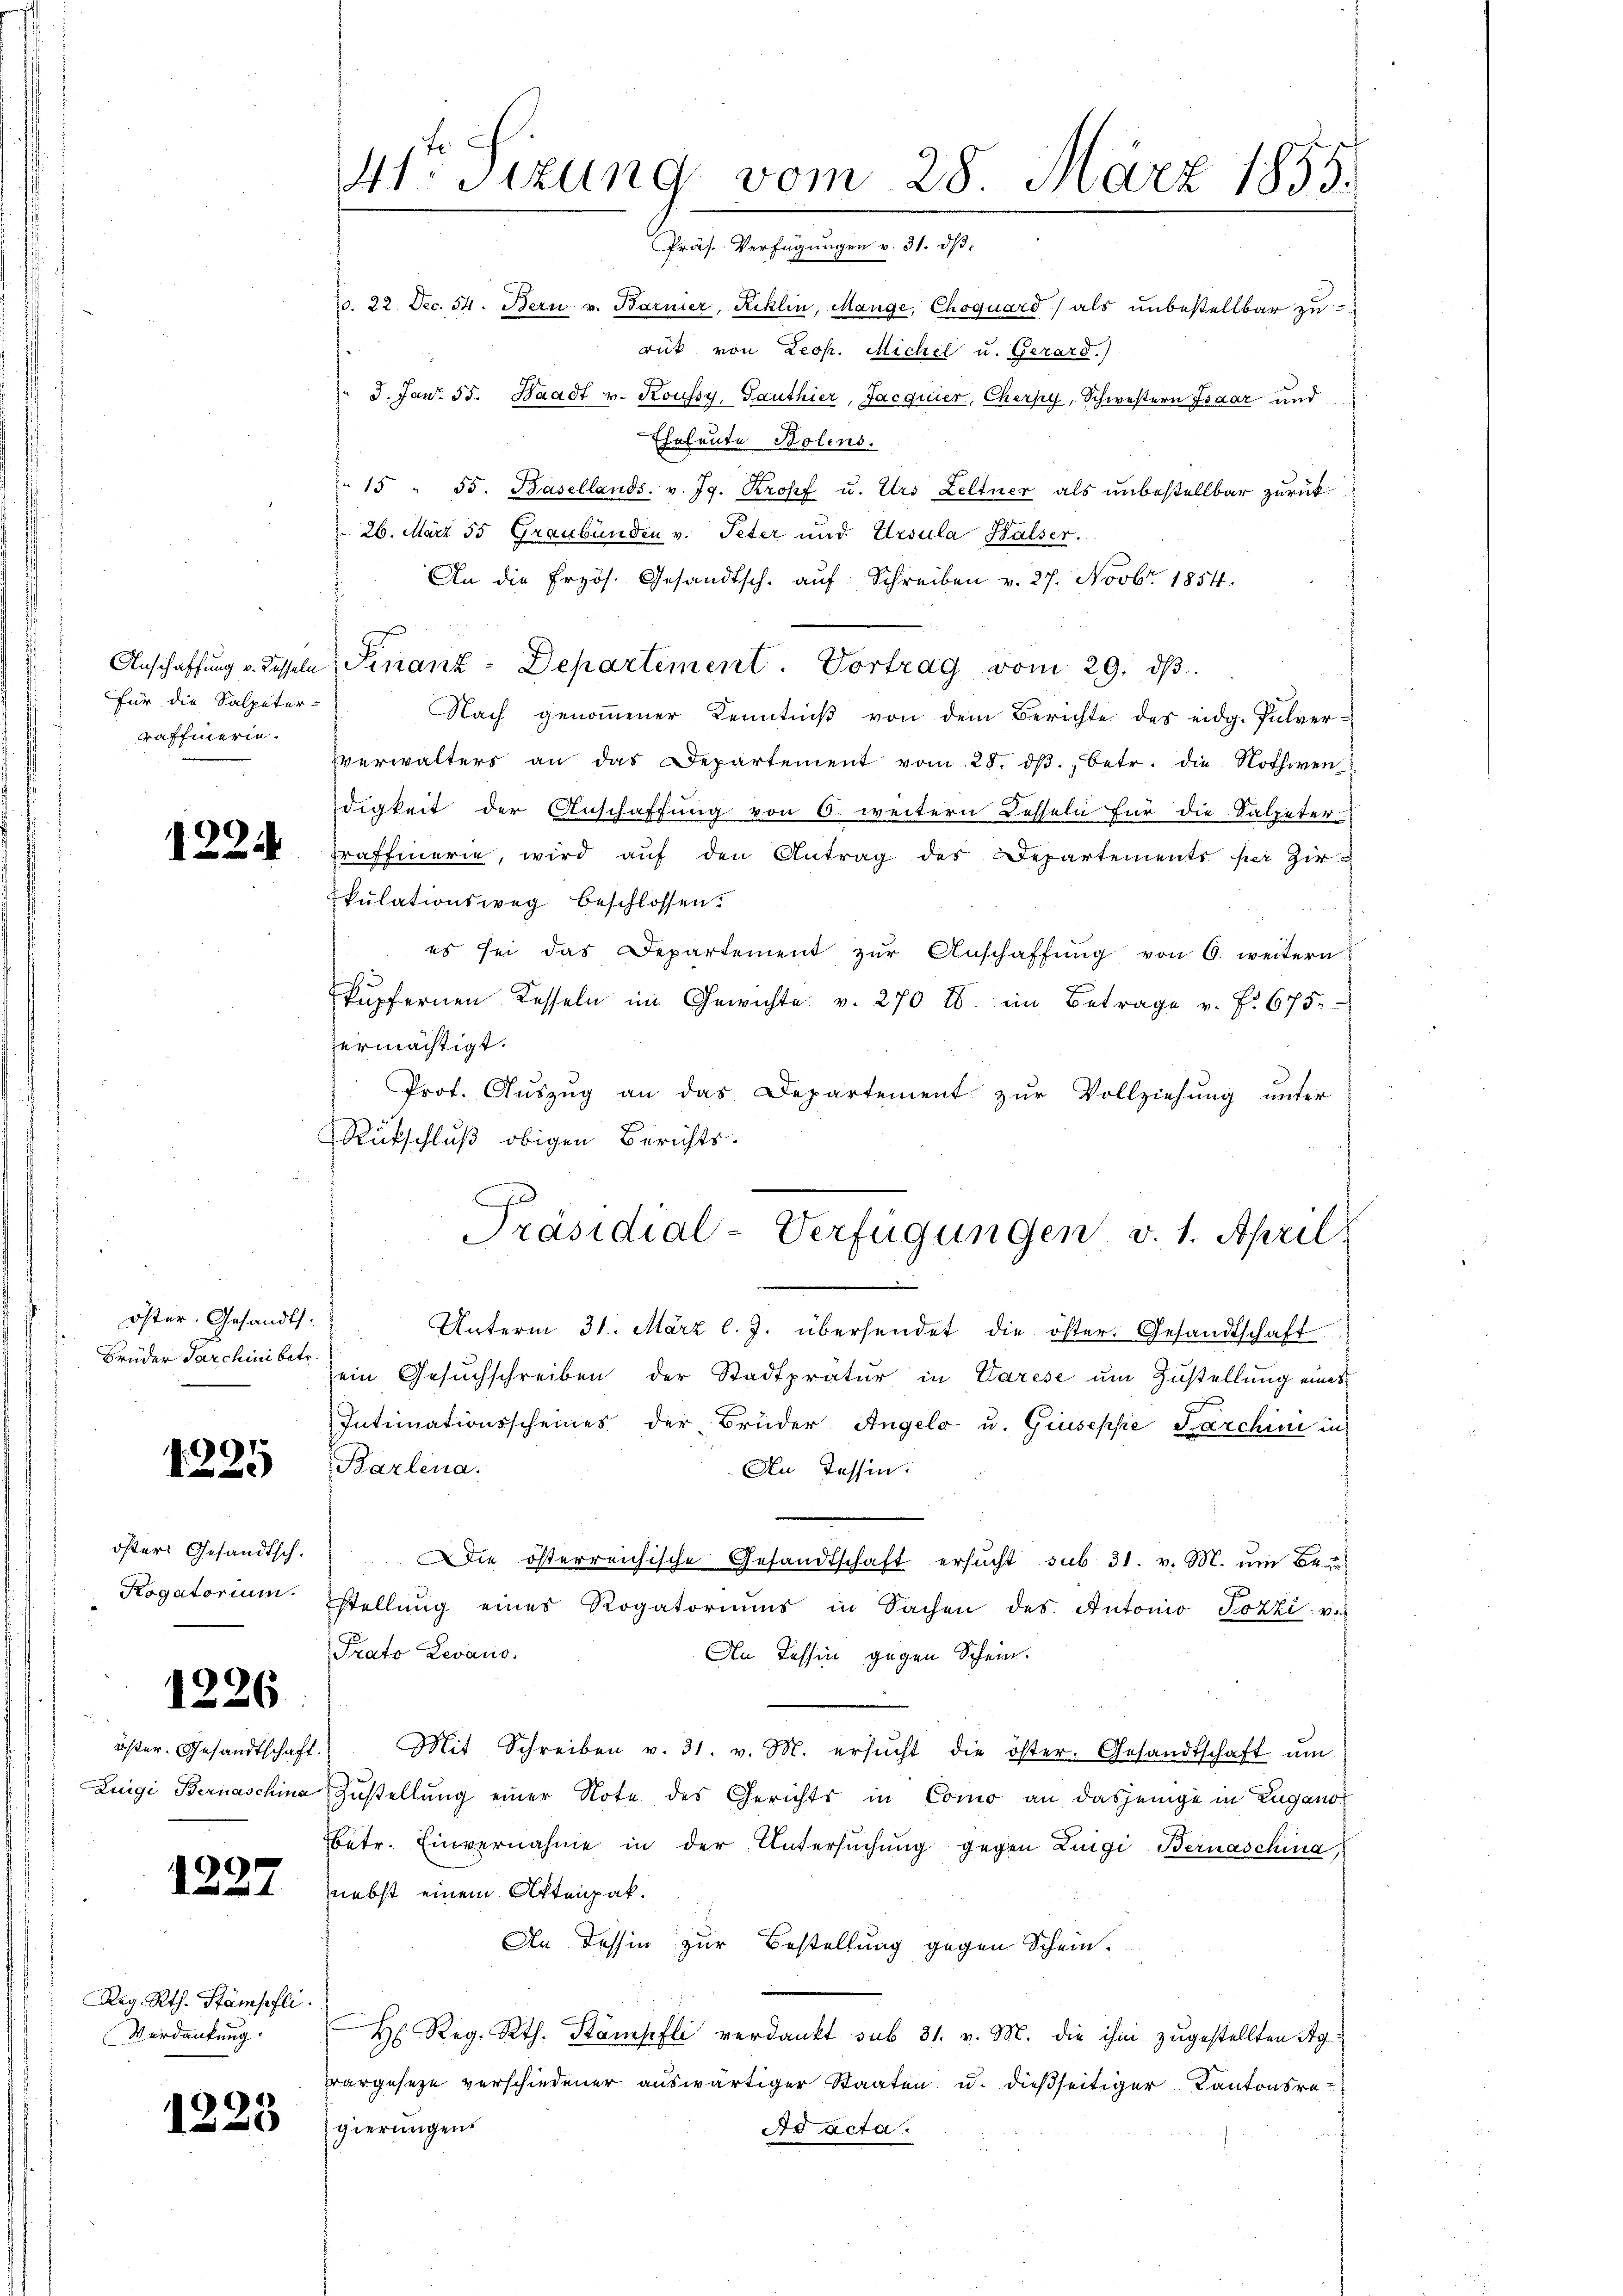
Anschaffung v. Kasseln
Für die Salpeter-
raffierin.

1224

öster. Gesandts.
Brüder Tarchini betr.

991
2

öster Gesandtsch.
Rogatorium.
1226
öster. Gesandtschaft.
Luigi Bernaschina
s

1227

Reg. Rth. Stämpfli
Verdankung.

1223

f

41ten Sizung vom 28. März 1855.
Präs. Verfügungen v. 31. ds.

1. 22. Dec. 54. Bern v. Barmer, Reklin, Mange, Choquard als unbestellbar zu
rück von Leop. Michel u. Gerard.)
3. Jant. 35. Waadt v. Koussy, Sauthier, Jacquier, Cherpy, Schwestern Isaar und
Eheleute Bolens.
15 " 55. Basellands, v. Jg. Kropf u. Urs Zeltner als unbestellbar zurück¬
26. März 55 Graubünden v. Peter und Ursula Halser.
An die frzös. Gesandtsch. aŭf Schreiben v. 27. Novbr. 1854.
Nach genoṁener Kenntniβ von dem Berichte des eidg. Pulver¬
Verwalters an das Departement vom 28. dβ. betr. die Nothwen
digkeit der Anschaffung von 6. weitern Kesseln für die Salpeter
raffierie, wird aŭf den Antrag des Departements per Zir
kulationsweg beschlossen:
es sei das Departement zŭr Anschaffŭng von 6. weitern
kupfernen Kesseln im Gewichte v. 270 l. im Betrage v. P. 675.
ermächtigt.
Prot. Auszug an das Departement zur Vollziehung unter
Rückschluß obigen Berichts-
Unterm 31. März l. J. übersendet die öster. Gesandtschaft
ein Gesŭchschreiben der Stadtpratur in Varese um Zustellung eines
Intimationsscheines der Brüder Angelo u. Giuseppe Farchini in
Barlena.
An Tessin.
ie österreichische Gesandtschaft ersucht sub 31. v. M. um 4.
stellŭng eines Rogatoriums in Sachen des Antonio Fozzi v.
Prato Levano.
An Tessin gegen Schein.
Mit Schreiben v. 31. v. M. ersŭcht die öster. Gesandtschaft ŭm
Zustellung einer Note des Gerichts in Como an dasjenige in Zugano
betr. Einvernahme in der Untersuchung gegen Luigi Bernaschina
nebst einem Aktenpak.
An dessin zur Bestellung gegen Schein¬
H. Reg. Rth. Stämpfli verdankt sub 31. v. M. die ihm zugestellten Agrargeseze verschiedener auswärtiger Staaten u. dießseitiger Kantonsrat
gierungens
Ad acta.

Finanz-Departement. Vortrag vom 29. ds.

Präsidial-Verfügungen v. 1. April